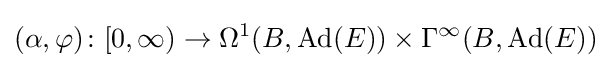
(\alpha ,\varphi )\colon [0,\infty )\rightarrow \Omega ^{1}(B,\operatorname {Ad} (E))\times \Gamma ^{\infty }(B,\operatorname {Ad} (E))